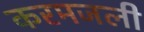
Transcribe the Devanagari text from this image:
करमजली